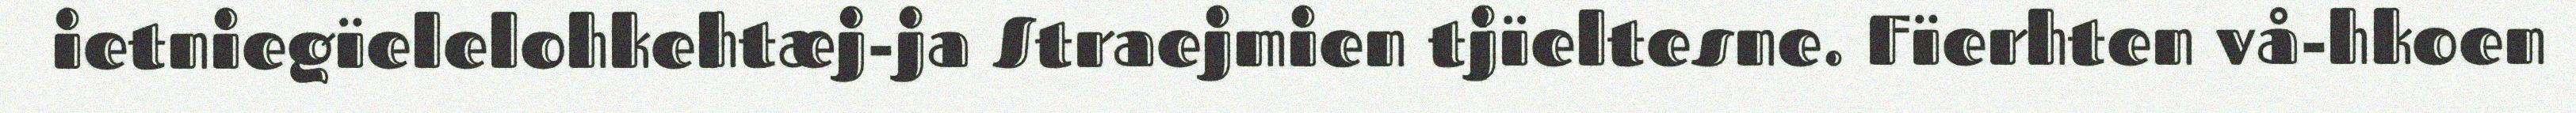
ietniegïelelohkehtæj-ja Straejmien tjïeltesne. Fïerhten vå-hkoen